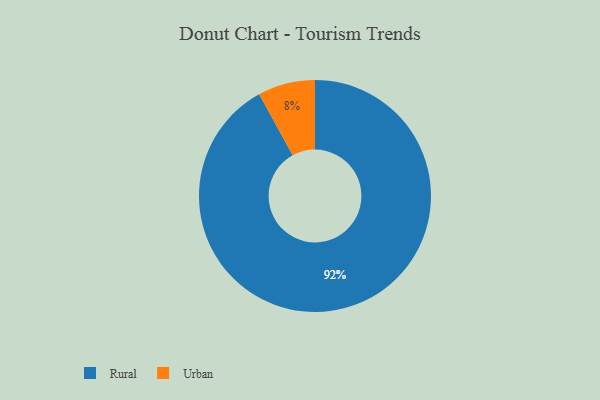
{"axis": {"x": "Category", "y": "Percentage"}, "legend": ["Rural", "Urban"], "data": [{"x": "Urban", "y": 8, "type": "Urban"}, {"x": "Rural", "y": 92, "type": "Rural"}]}